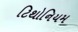
ટિથોનિયમ